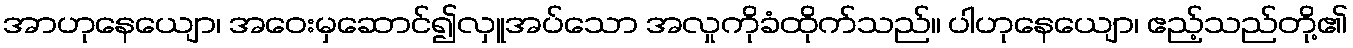
အာဟုနေယျော၊ အဝေးမှဆောင်၍လှူအပ်သော အလှုကိုခံထိုက်သည်။ ပါဟုနေယျော၊ ဧည့်သည်တို့၏